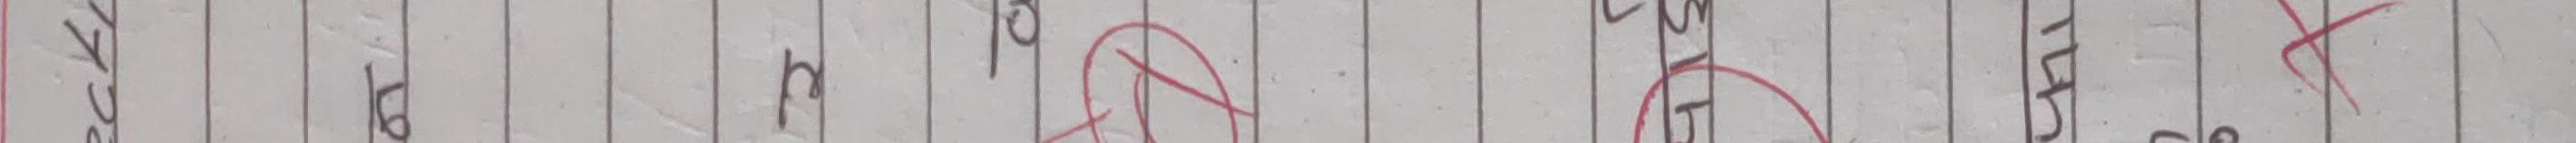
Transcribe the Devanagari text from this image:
एकेर